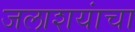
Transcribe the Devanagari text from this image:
जलाशयांचा